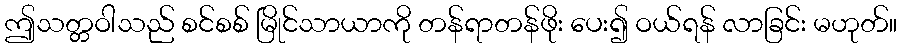
ဤသတ္တဝါသည် စင်စစ် မြိုင်သာယာကို တန်ရာတန်ဖိုး ပေး၍ ဝယ်ရန် လာခြင်း မဟုတ်။